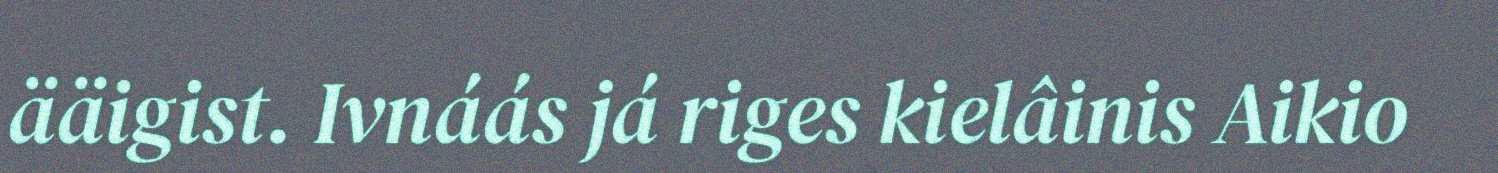
ääigist. Ivnáás já riges kielâinis Aikio